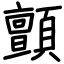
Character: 顫